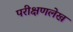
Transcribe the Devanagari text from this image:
परीक्षणलेख